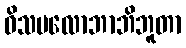
ဝိသမလောဘာဘိဘူတာ